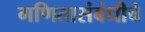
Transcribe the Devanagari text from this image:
गणितासंबंधीचे